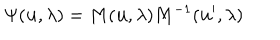
\Psi ( { \bf u } , \lambda ) = M ( { \bf u } , \lambda ) M ^ { - 1 } ( { \bf u ^ { \prime } } , \lambda )